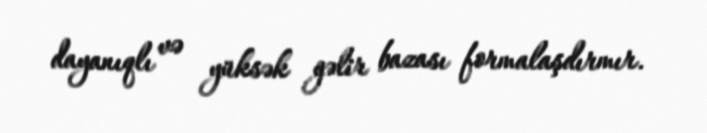
dayanıqlı və yüksək gəlir bazası formalaşdırmır.